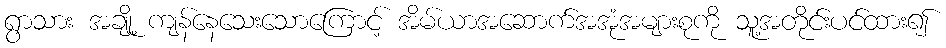
ရွာသား အချို့ ကျန်နေသေးသောကြောင့် အိမ်ယာအဆောက်အအုံအများစုကို သူ့အတိုင်းပင်ထား၍